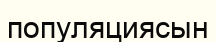
популяциясын